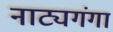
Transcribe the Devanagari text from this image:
नाट्यगंगा